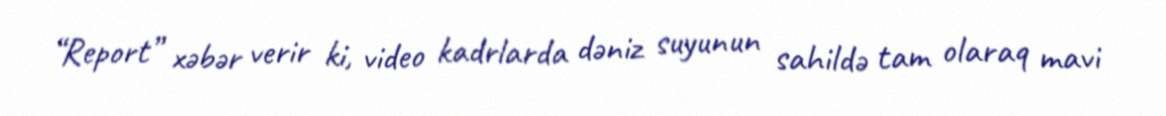
“Report” xəbər verir ki, video kadrlarda dəniz suyunun sahildə tam olaraq mavi